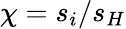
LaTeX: \chi=s_{i}/s_{H}